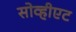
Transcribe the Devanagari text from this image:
सोव्हीएट